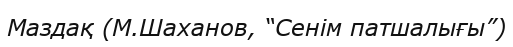
Маздақ (М.Шаханов, “Сенім патшалығы”)